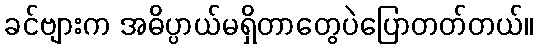
ခင်ဗျားက အဓိပ္ပာယ်မရှိတာတွေပဲပြောတတ်တယ်။